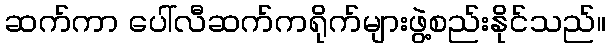
ဆက်ကာ ပေါ်လီဆက်ကရိုက်များဖွဲ့စည်းနိုင်သည်။